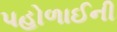
પહોળાઈની